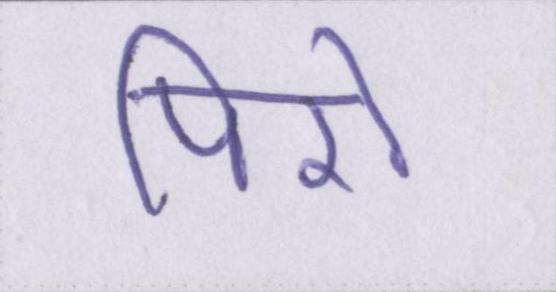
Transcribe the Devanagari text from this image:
पिरो